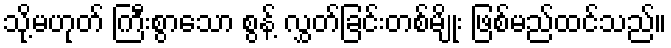
သို့မဟုတ် ကြီးစွာသော စွန့် လွှတ်ခြင်းတစ်မျိုး ဖြစ်မည်ထင်သည်။